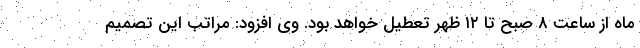
ماه از ساعت ۸ صبح تا ۱۲ ظهر تعطیل خواهد بود. وی افزود: مراتب این تصمیم